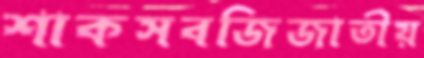
শাকসবজিজাতীয়